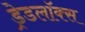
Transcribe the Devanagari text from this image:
ड्रेडलॉक्स